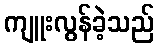
ကျူးလွန်ခဲ့သည်